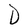
Character: D